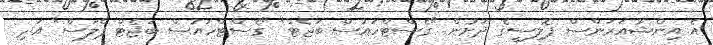
އެ އިންޝުއަރަންސް ޕޮލިސީގެ ދަށުން "ގެސްޓްހައުސް ބަޖެޓް" "ގެސްޓްހައުސް ބަޖެޓް ޕްލަސް" އަދި